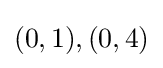
(0,1),(0,4)